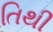
તિથી